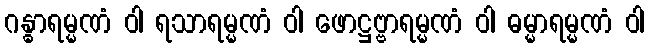
ဂန္ဓာရမ္မဏံ ဝါ ရသာရမ္မဏံ ဝါ ဖောဋ္ဌဗ္ဗာရမ္မဏံ ဝါ ဓမ္မာရမ္မဏံ ဝါ